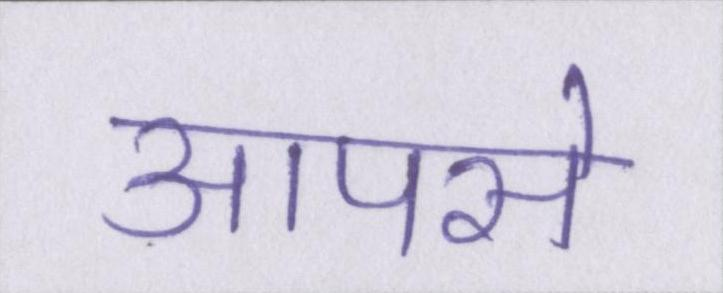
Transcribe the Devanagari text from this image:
आपसे